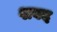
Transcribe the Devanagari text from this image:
शवद